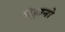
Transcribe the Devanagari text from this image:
मेड्रानो